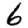
Digit: 6